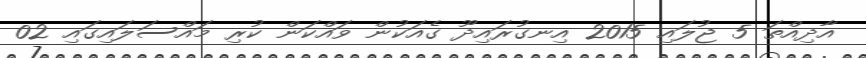
އާދިއްތަ 5 ޖުލައި 2015 އިނގުރައިދޫ ގެއަކުން ވައްކަން ކުރި މައްސަލައިގައި 02